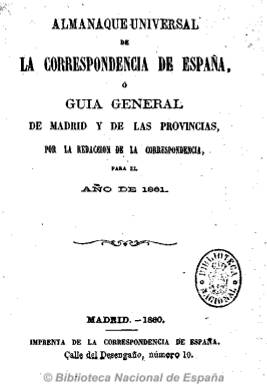
Título: Almanaque universal de La Correspondencia de España, o Guía general de Madrid y de las provincias
Otros títulos: Guía general de Madrid y de las provincias
Colección: Almanaques
Ámbito geográfico: Madrid
Lugar de publicación: Madrid
Fechas: 01/01/1860-31/12/1860

Publicación anual de marcado carácter popular. Los almanaques, en general, tuvieron una gran difusión durante todo el siglo XIX, especialmente en su segunda mitad, y en la mayoría de ellos se puede encontrar una cierta intencionalidad educativa dirigida hacia las clases mas populares, entre las que alcanzaron una amplia divulgación. Además de los datos específicos referidos a cada uno de los días del año, distribuidos en meses, con diferentes informaciones astronómicas, solían incluir, asimismo, contenidos muy variados. Este almanaque, que fue publicado por el diario La Correspondencia, es uno de los más completos a este respecto. Contiene apartados dedicados a la Casa Real, al Parlamento, al cuerpo diplomático y consular, a Madrid como capital de la Corte, a la clase política, administrativa y judicial, así como el almanaque astronómico, agrícola, mercantil, militar y marítimo, de las damas, del estudiante y una guía del viajero. Incluye un índice de todos estos contenidos, además de dedicar un extenso número de páginas a diferentes anuncios publicitarios. En contra de lo que era habitual en este tipo de publicaciones, este almanaque no contiene ilustraciones.